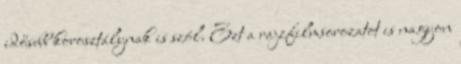
idősebb korosztálynak is szól. Ezt a rajzfilmsorozatot is nagyon